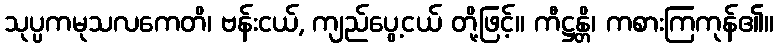
သုပ္ပကမုသလကေတိ၊ ဗန်းငယ်, ကျည်ပွေ့ငယ် တို့ဖြင့်။ ကီဋ္ဌန္တိ၊ ကစားကြကုန်၏။